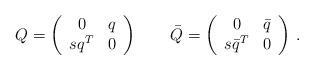
LaTeX: \begin{align*}Q = \left(\begin{array}{cc} 0&q\\s q^T &0 \end{array}\right)\qquad\bar Q = \left(\begin{array}{cc} 0&\bar q \\s \bar{q}^T &0 \end{array}\right)\,.\end{align*}